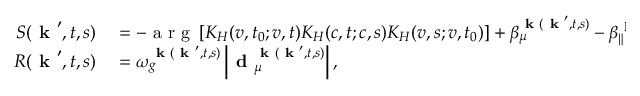
\begin{array} { r l } { S ( \textbf { k } ^ { \prime } , t , s ) } & { { } = - \mathrm { ~ a ~ r ~ g ~ } \left[ K _ { H } ( v , t _ { 0 } ; v , t ) K _ { H } ( c , t ; c , s ) K _ { H } ( v , s ; v , t _ { 0 } ) \right] + \beta _ { \mu } ^ { \textbf { k } ( \textbf { k } ^ { \prime } , t , s ) } - \beta _ { \| } ^ { \textbf { k } ^ { \prime } } - \omega t } \\ { R ( \textbf { k } ^ { \prime } , t , s ) } & { { } = \omega _ { g } ^ { \textbf { k } ( \textbf { k } ^ { \prime } , t , s ) } \left| \textbf { d } _ { \mu } ^ { \textbf { k } ( \textbf { k } ^ { \prime } , t , s ) } \right| , } \end{array}